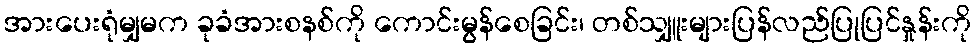
အားပေးရုံမျှမက ခုခံအားစနစ်ကို ကောင်းမွန်စေခြင်း၊ တစ်သျှူးများပြန်လည်ပြုပြင်နှုန်းကို